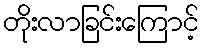
တိုးလာခြင်းကြောင့်